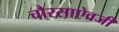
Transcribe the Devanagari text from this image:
चौरसाऐवजी